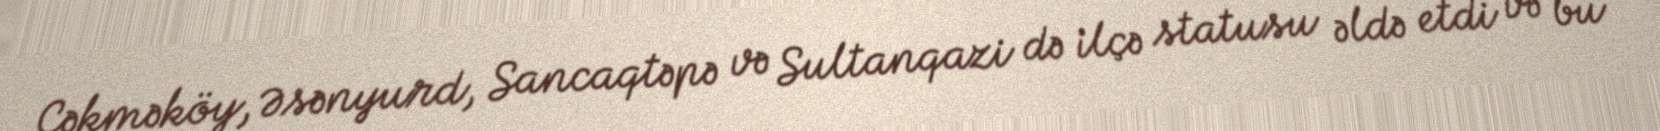
Çəkməköy, Əsənyurd, Sancaqtəpə və Sultanqazi də ilçə statusu əldə etdi və bu